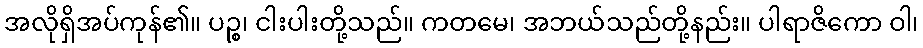
အလိုရှိအပ်ကုန်၏။ ပဉ္စ၊ ငါးပါးတို့သည်။ ကတမေ၊ အဘယ်သည်တို့နည်း။ ပါရာဇိကော ဝါ၊